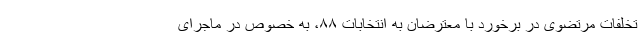
تخلفات مرتضوی در برخورد با معترضان به انتخابات ۸۸، به خصوص در ماجرای